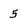
Character: 5